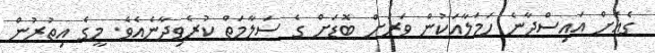
ގެއަށް އައިސްދާނެ ހަމަލާއަކުން ވަރަށް ބޮޑަށް ގެ ސަލާމަތް ކުރެވިދާނެއެވެ. މީގެ އިތުރުން